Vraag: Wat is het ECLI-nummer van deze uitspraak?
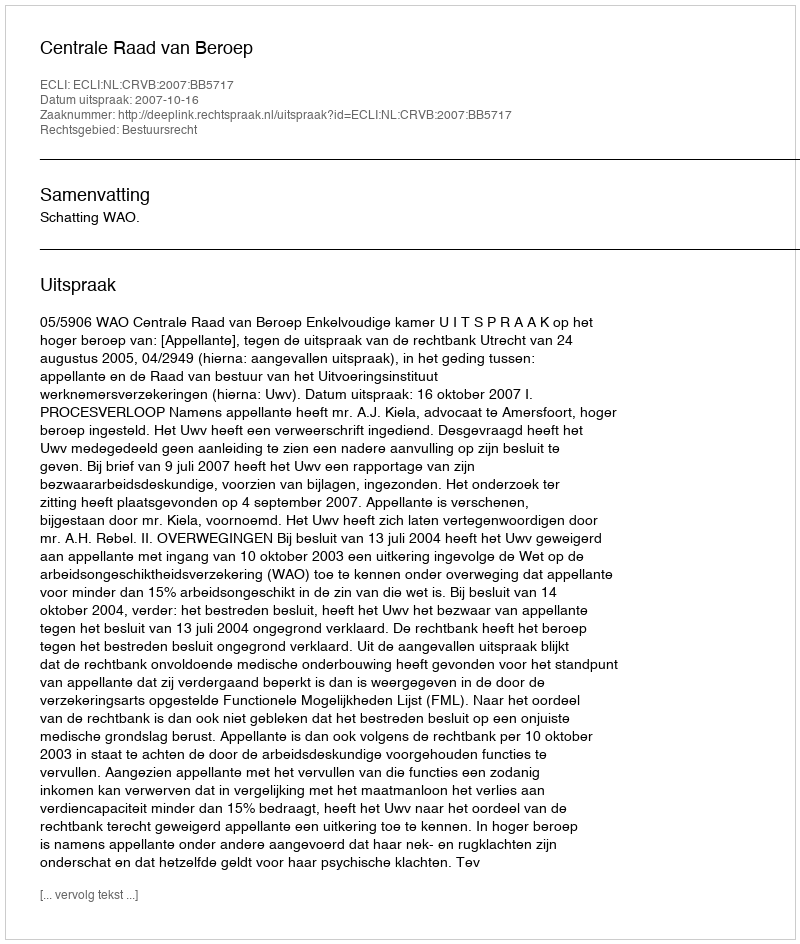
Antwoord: ECLI:NL:CRVB:2007:BB5717